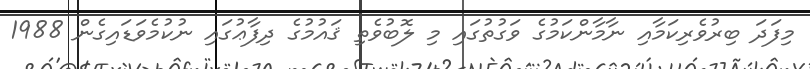
މިފަދަ ބިރުވެރިކަމާއި ނާމާންކަމުގެ ވަގުތުގައި މި ލޮބުވެތި ޤައުމުގެ ދިފާޢުގައި ނުކުމެވަޑައިގެން 1988